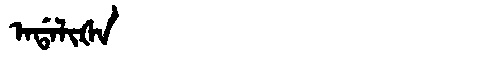
Manchu: ᠠᡩᠠᠯᡳᡧᠠ
Romanization: ADALIŠA